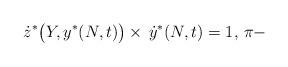
LaTeX: \begin{align*} \dot z^{*}\bigl( Y, y^{*}(N,t) \bigr)\times\, \dot y ^{*}(N,t)=1,\, \pi-\end{align*}